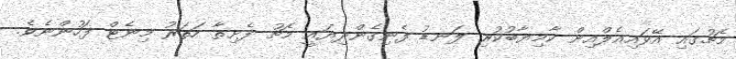
މެޗުގައި އޭވައިއެލްއިން ކާމިޔާބުކުރި ލަނޑު ފެނިގެންދިޔައީ މެޗު ފެށިތާ ހަތަރު މިނެޓް ފަހުންނެވެ.